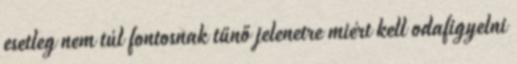
esetleg nem túl fontosnak tűnő jelenetre miért kell odafigyelni